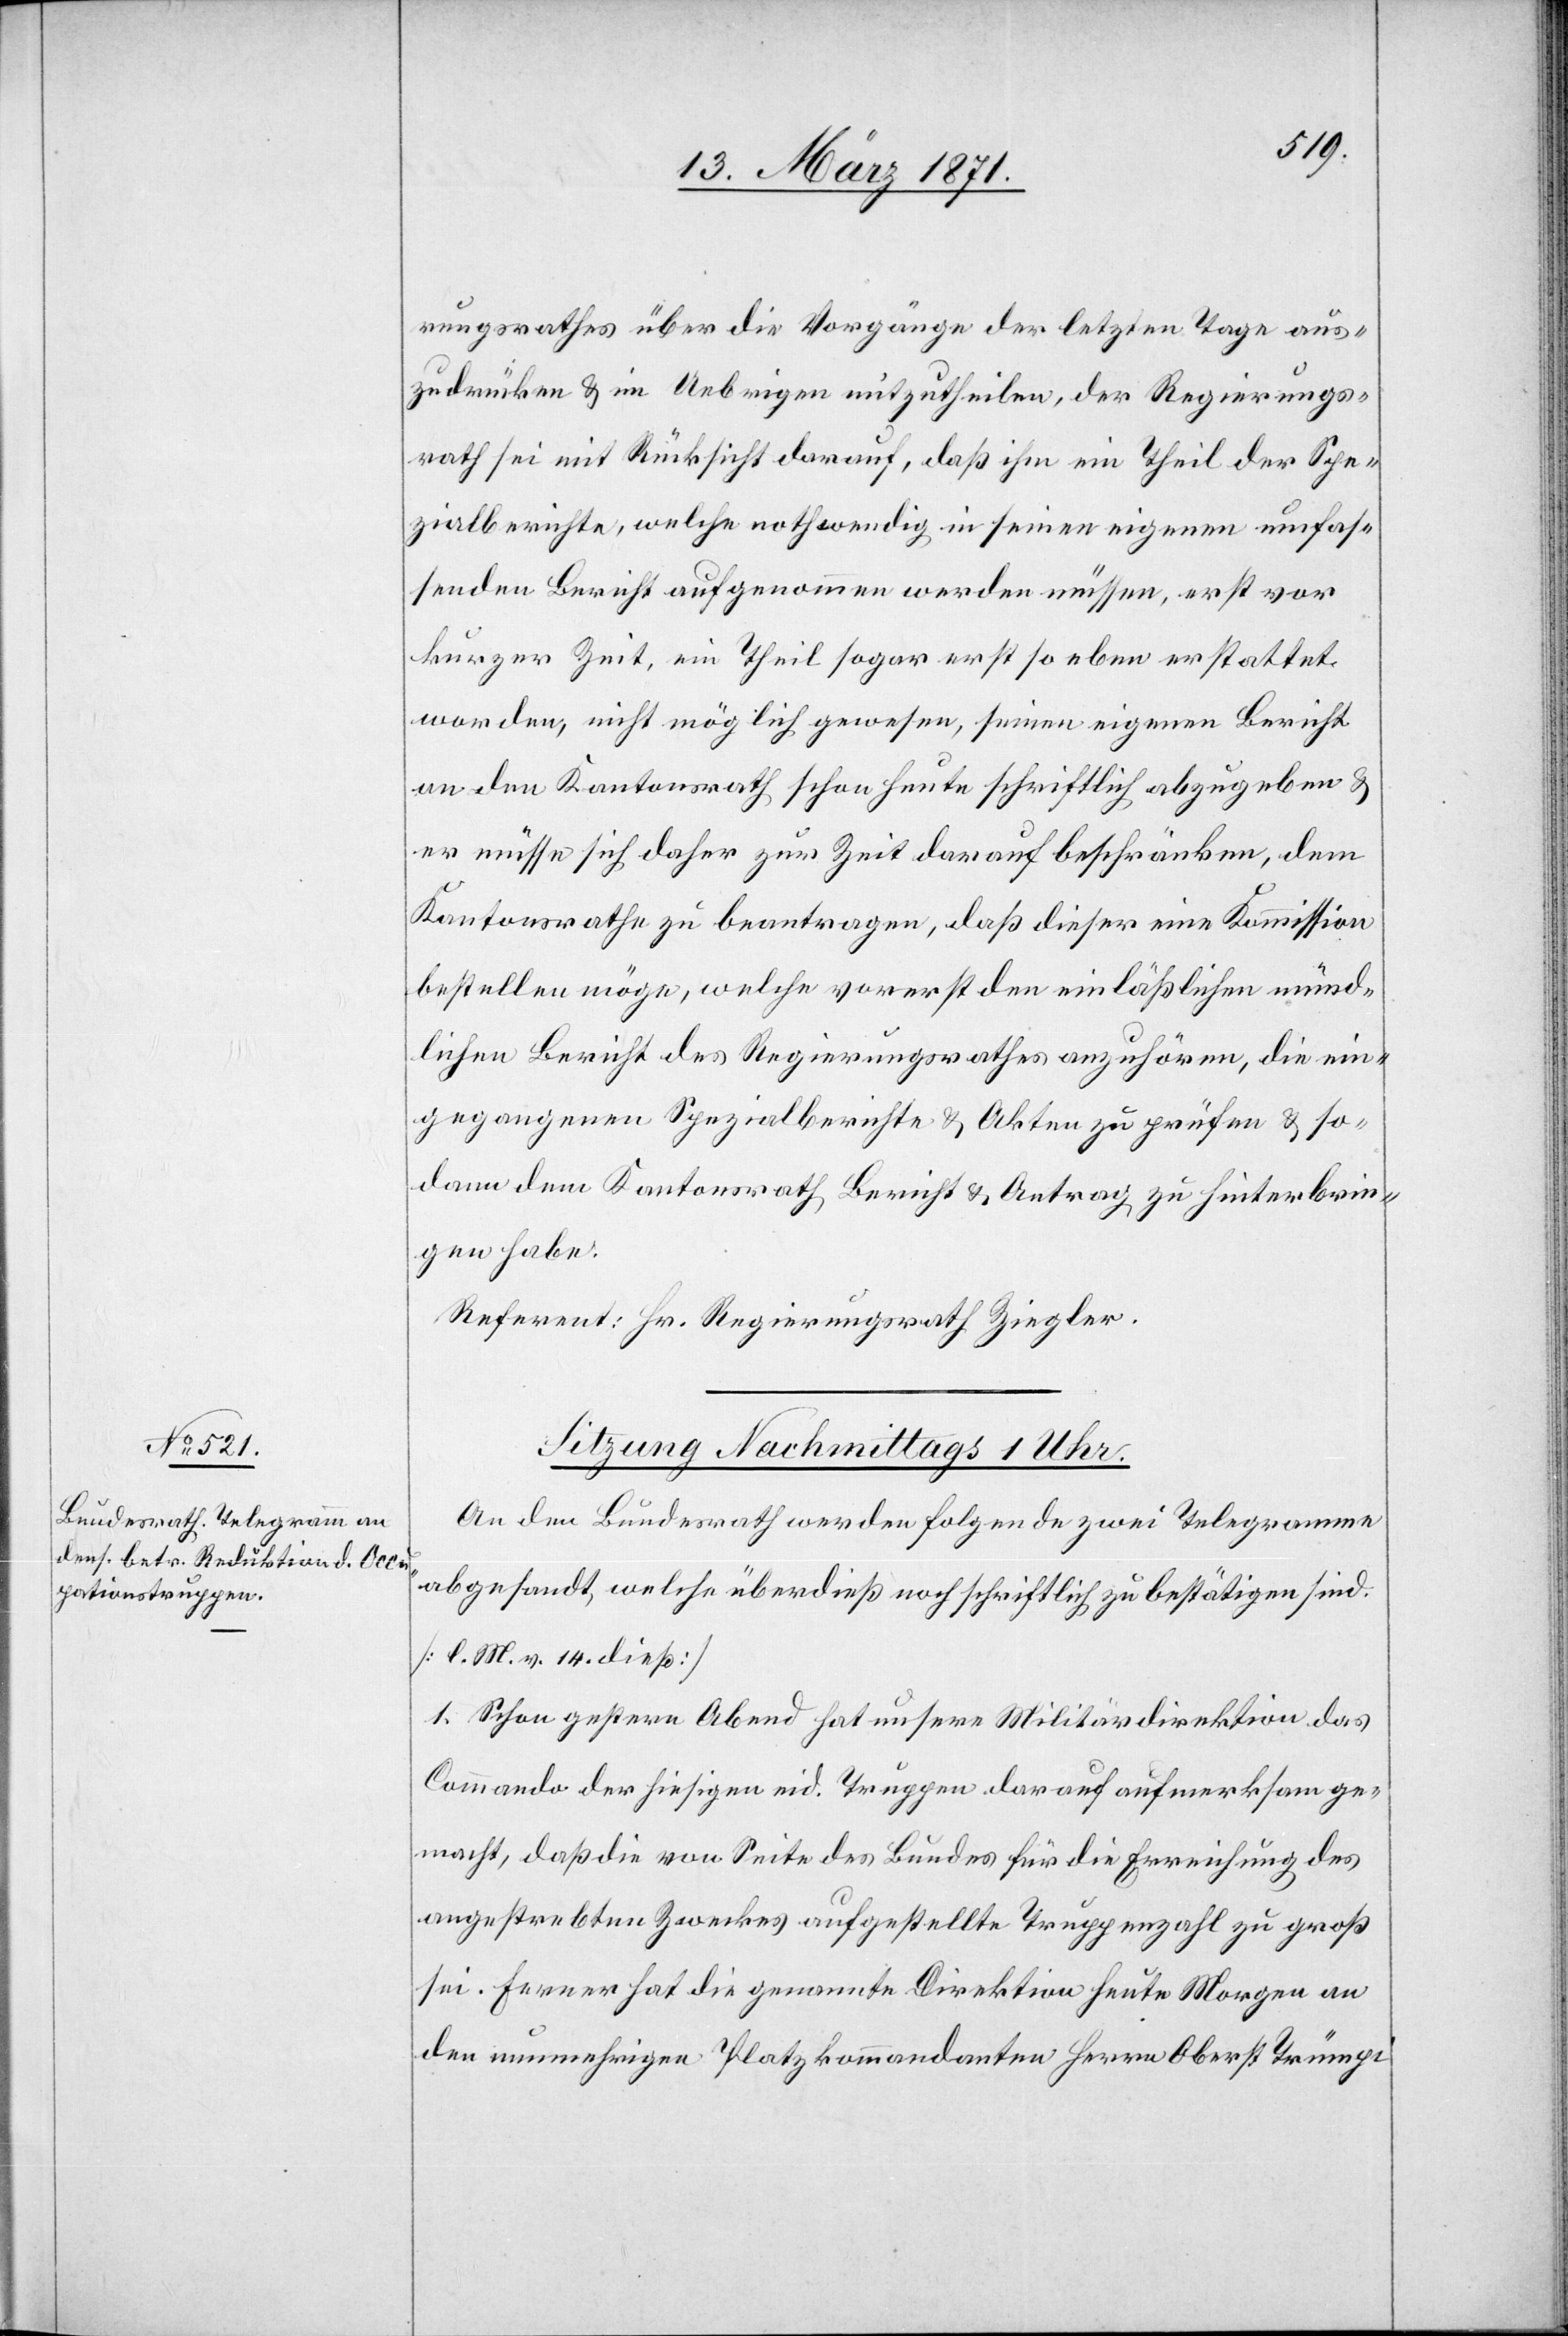
rungsrathes über die Vorgänge der letzten Tage aus¬
zudrücken u. im Uebrigen mitzutheilen, der Regierungs¬
rath sei mit Rücksicht darauf, daß ihm ein Theil der Spe¬
zialberichte, welche nothwendig in seinen eigenen umfas¬
senden Bericht aufgenommen werden müssen, erst vor
kurzer Zeit, ein Theil sogar erst so eben erstattet
worden, nicht möglich gewesen, seinen eigenen Bericht
an den Kantonsrath schon heute schriftlich abzugeben u.
er müsse sich daher zur Zeit darauf beschränken, dem
Kantonsrathe zu beantragen, daß dieser eine Kommission
bestellen möge, welche vorerst den einläßlichen münd¬
lichen Bericht des Regierungsrathes anzuhören, die ein¬
gegangenen Spezialberichte u. Akten zu prüfen u. so¬
dann dem Kantonsrath Bericht u. Antrag zu hinterbrin¬
gen habe.
Referent: Hr. Regierungsrath Ziegler.
An den Bundesrath werden folgende zwei Telegramme
abgesandt, welche überdieß noch schriftlich zu bestätigen sind.
[l. M. v. 14. dieß]
1. Schon gestern Abend hat unsere Militärdirektion das
Commando der hiesigen eid. Truppen darauf aufmerksam ge¬
macht, daß die Seite des Bundes für die Erreichung des
angestrebten Zweckes aufgestellte Truppenzahl zu groß
sei. Ferner hat die genannte Direktion heute Morgen an
den nunmehrigen Platzkommandanten Herrn Oberst Trümpi